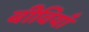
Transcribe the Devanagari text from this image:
बीवियाँ